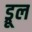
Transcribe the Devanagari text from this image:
ड्रूल